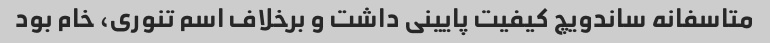
متاسفانه ساندویچ کیفیت پایینی داشت و برخلاف اسم تنوری، خام بود